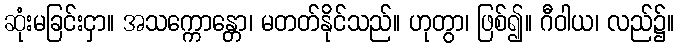
ဆုံးမခြင်းငှာ။ အသက္ကောန္တော၊ မတတ်နိုင်သည်။ ဟုတွာ၊ ဖြစ်၍။ ဂီဝါယ၊ လည်၌။